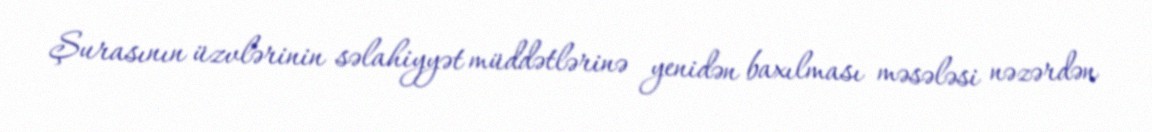
Şurasının üzvlərinin səlahiyyət müddətlərinə yenidən baxılması məsələsi nəzərdən